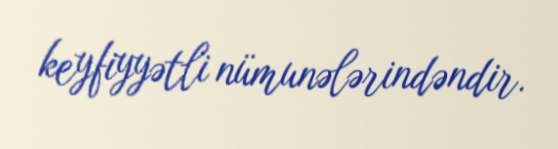
keyfiyyətli nümunələrindəndir.